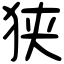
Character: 狭